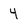
Character: 4